Civil Veterinary Dept. Bombay admin report 1900-1906 - 1900-1906
Year: 1900
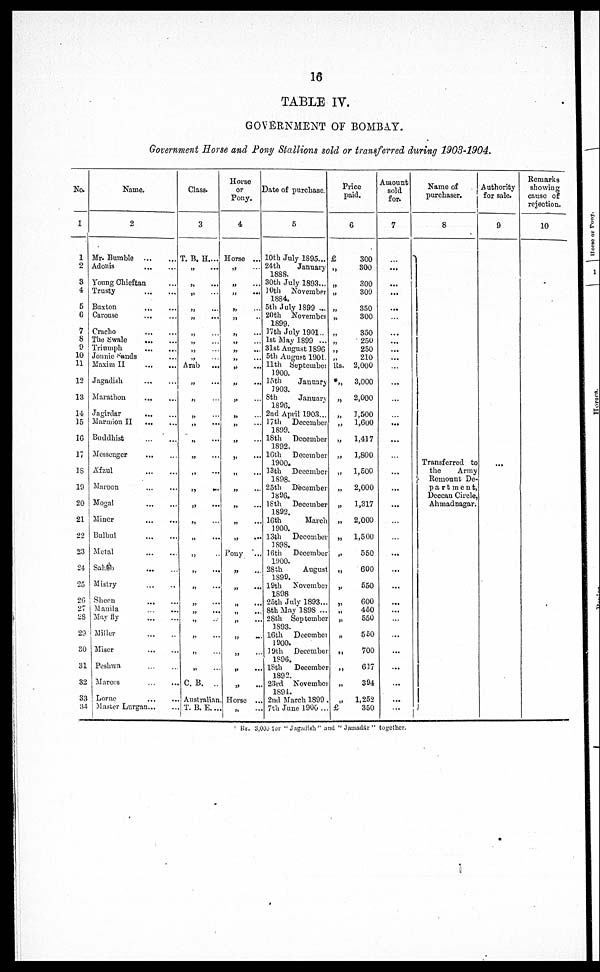
16
TABLE IV.
GOVERNMENT OF BOMBAY.
Government Horse and Pony Stallions sold or transferred during 1903-1904.
No.
1
1
2
3
4
5
6
7
8
9
10
11
12
13
14
15
1G
17
18
19
20
21
22
23
24
25
26
27
28
29
30
31
32
33
34
Name.
2
Mr. Bumble
...
...
Adonis ... ...
Young Chieftan ...
Trusty ... ...
Buxton ... ...
Carouse ... ...
Cracho ... ... ...
The Swale ... .. ....
Triumph
... ...
Jonnie Sands ...
Maxim II
...
....
Jagadish
...
...
...
Marathon
...
...
Jagirdar
...
...
Marmion II ... ... ....
Buddhist
...
...
Messenger
...
...
...
Afzul
...
...
...
Maroon
...
...
Mogal
...
...
...
Miner ... ... ...
Bulbul
...
...
...
Metal
...
...
Saheh ... ... ...
Mistry
...
...
...
Sheen
...
...
...
Manila ... ... ...
May fly ... ... ...
Miller ... ... ...
Miser
...
...
Peshwa
...
...
...
Marcos
...
...
Lorne
...
...
...
Master Lurgan ... ... ...
Class.
3
T. B. H. ...
„ ...
„ ...
„ ...
„ ...
„ ...
„ ...
„ ...
„ ...
„ ...
.Arab
„ ...
„ ...
„ ...
„ ...
„ ...
„ ...
„ ...
„ ...
„ ...
„ ...
„ ...
„ ...
„ ...
„ ...
„ ...
„ ...
„ ...
„ ...
„ ...
„ ...
C. B.
..
Australian
T. B. E. ...
Horse
or
Pony.
4
Horse ...
„ ...
„ ...
„ ...
„ ...
„ ....
„ ...
„ ...
„ ...
„ ...
„ ...
„ ...
„ ...
„ ....
„ ......
„ ...
„ ....
„ ...
„ ...I
„ .....
„ ...
„ ...
..„ ...
Pony
...
„ ...
„ ....
„ ... ...
„ ... ...
,„ ...
„ ... ...
„ ... ...
„ ....
„ ...
Horse ...
„ ...
Date of purchase.
5
10th July 1895...
24th
January
1888.
30th July 1893...
10th
November
1884.
5th July 1899 ...
20th
November
1899.
17th July 1901..
1st May 1899 ...
31st August 1896
5th August 1901.
11th September
1900.
15th
January
1903.
8th
January
1896.
2nd April 1903...
17th
December
1899.
18th
December
1892.
16th
December
1900.
13th
December
1898.
25th
December
1896.
18th
December
1892.
16th
March
1900.
13th
December
1898.
16th
December
1900.
28th
August
1S99.
19th
November
1898
25th July 1893...
8th May 1898 ...
28th September
1893.
16th
December
1900.
19th
December
1S96.
18th
December
1892.
23rd
November
1894.
2nd March 1899
7th June 1906 ...
Price
paid.
6
£
300
„
300
„
300
„ 300
„ 350
„
300
„
350
„
250
„
250
210
Rs. 2,000
„
3,000
„
2,000
„
1,500
„
1,600
„
1,417
„
1,800
„
1,500
„
2,000
„
1,317
„
2,000
„
1,500
„ 550
„ 600
„
550
„
600
„ 450
„
550
„ 560
„ 700
„ „ 617
„ 394
„
1,252
„
350
Amount
sold
for.
7
...
...
...
...
...
...
...
...
...
...
...
...
...
...
...
...
...
...
...
...
...
...
...
...
...
...
...
...
...
...
...
...
...
...
Name of
purchaser.
8
Transferred to
the
Army
Remount De-
partment,
Deccan Circle,
Ahmadnagar.
Authority
for sale.
9
Remarks
showing
cause of
rejection.
10
Rs. 3,000 for "Jagadish'' and "Jamadár" together.